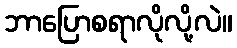
ဘာပြောစရာလိုလို့လဲ။